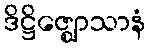
ဒိဋ္ဌိဇ္ဈောသာနံ